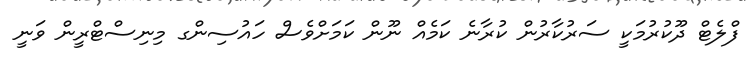
ފްލެޓް ދޫކުރުމަކީ ސަރުކާރުން ކުރާނެ ކަމެއް ނޫން ކަމަށްވެސް ހައުސިންގ މިނިސްޓްރީން ވަނީ